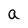
Character: a